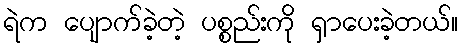
ရဲက ပျောက်ခဲ့တဲ့ ပစ္စည်းကို ရှာပေးခဲ့တယ်။